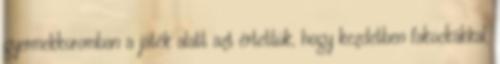
gyermekkoromban a játék alatt azt értettük, hogy kezdetben fakockákkal,